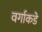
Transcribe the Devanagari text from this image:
वर्गाकडे